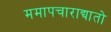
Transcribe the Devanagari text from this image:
ममापचाराद्यातो